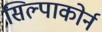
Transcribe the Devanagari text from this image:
सिल्पाकोर्न